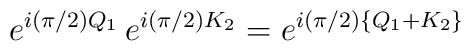
e^{i(\pi /2 ) Q_1} \, e^{i(\pi /2 )K_2} = e^{i (\pi /2 ) \{ Q_1 + K_2\}}